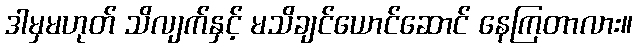
ဒါမှမဟုတ် သိလျက်နှင့် မသိချင်ယောင်ဆောင် နေကြတာလား။